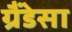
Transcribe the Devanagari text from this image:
ग्रैंडेसा